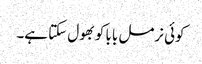
کوئی نرمل بابا کو بھول سکتا ہے۔